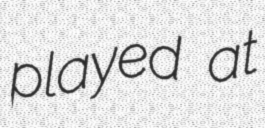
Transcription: played at